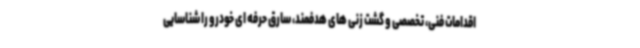
اقدامات فنی، تخصصی و گشت زنی های هدفمند، سارق حرفه ای خودرو را شناسایی